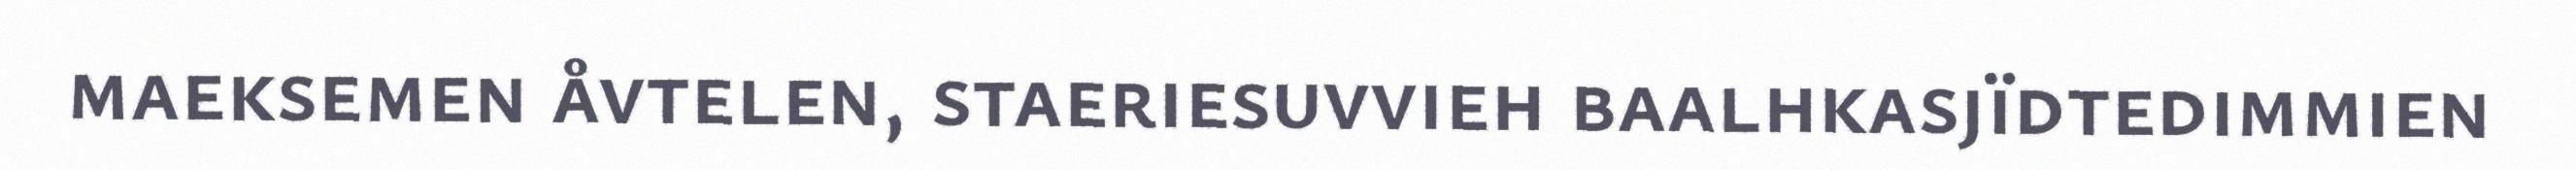
maeksemen åvtelen, staeriesuvvieh baalhkasjïdtedimmien